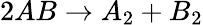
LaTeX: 2AB\to A_{2}+B_{2}